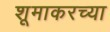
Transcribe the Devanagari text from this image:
शूमाकरच्या